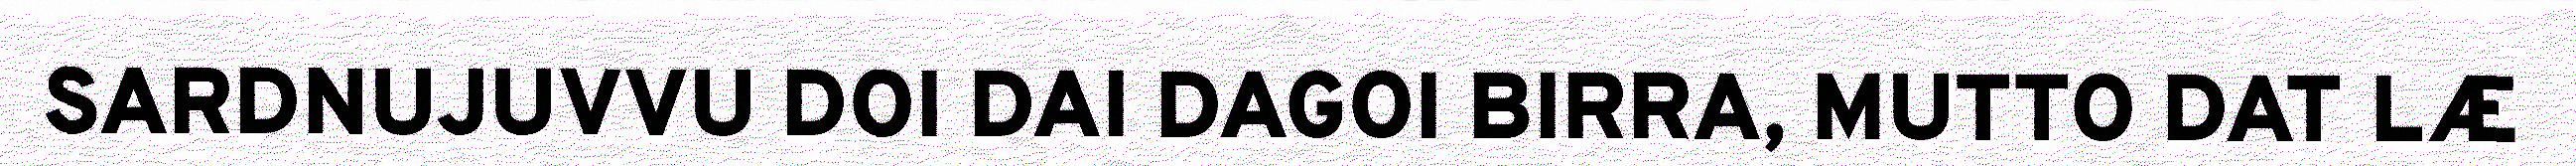
SARDNUJUVVU DOI DAI DAGOI BIRRA, MUTTO DAT LÆ